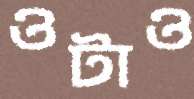
ওটাও